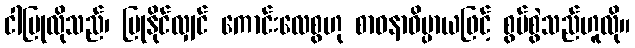
ငါပြုလိုသည်၊ ပြုနိုင်လျှင် ကောင်းလေစွဟု စာဝနာဓိပ္ပာယဖြင့် စွပ်စွဲသည်ဟူလို။